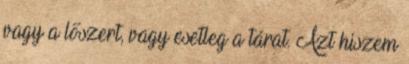
vagy a lőszert, vagy esetleg a tárat. Azt hiszem